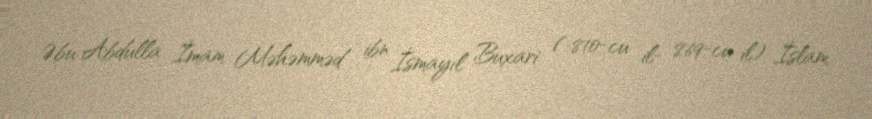
Əbu Abdulla İmam Məhəmməd ibn İsmayıl Buxari ( 810-cu il- 869-cu il) İslam